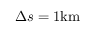
\Delta s = 1 \mathrm { k m }